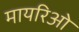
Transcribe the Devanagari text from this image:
मायरिओ